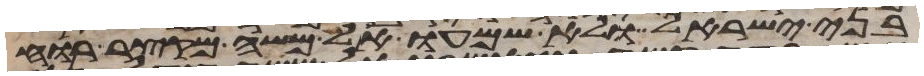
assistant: לבני ישראל ולא שמעו אל משה מקצר רוח